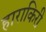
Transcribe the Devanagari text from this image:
हाराकिरी